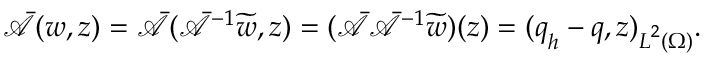
\bar { \mathcal { A } } ( \boldsymbol { w } , \boldsymbol { z } ) = \bar { \mathcal { A } } ( \bar { \mathcal { A } } ^ { - 1 } \widetilde { \boldsymbol { w } } , \boldsymbol { z } ) = ( \bar { \mathcal { A } } \bar { \mathcal { A } } ^ { - 1 } \widetilde { \boldsymbol { w } } ) ( \boldsymbol { z } ) = ( \boldsymbol { q } _ { \boldsymbol { h } } - \boldsymbol { q } , \boldsymbol { z } ) _ { \boldsymbol { { L } } ^ { 2 } ( \Omega ) } .